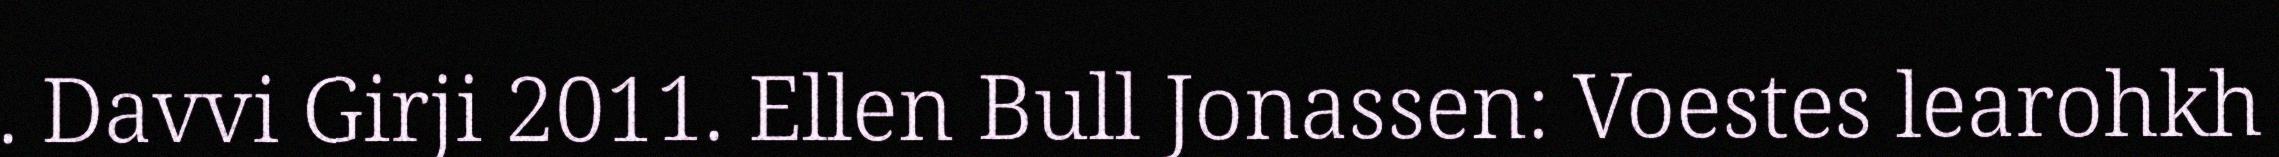
. Davvi Girji 2011. Ellen Bull Jonassen: Voestes learohkh